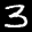
Label: 3